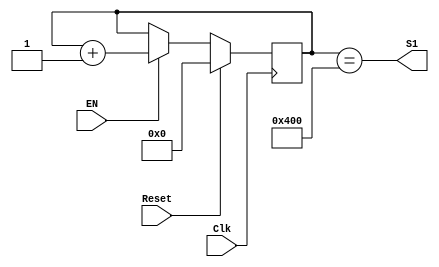
`timescale 1ns / 1ps
//////////////////////////////////////////////////////////////////////////////////
// Company: 
// Engineer: 
// 
// Design Name: 
// Module Name: Pattern_Counter
// Project Name: 
// Target Devices: 
// Tool Versions: 
// Description: 
// 
// Dependencies: 
// 
// Revision:
// Revision 0.01 - File Created
// Additional Comments:
// 
//////////////////////////////////////////////////////////////////////////////////


module Pattern_Counter 
# (parameter SAMPLES=128, parameter OSF=8)

(Clk,Reset,EN,S1);
    
    input Clk;
    input Reset;
    input EN;
    
    output S1;
    
    //--Internal Variables--
    reg [$clog2(SAMPLES*OSF):0] Cuenta;
        
    always @(posedge Clk)
    begin
        
    if (Reset)
        Cuenta=0;
    else if (EN)
        Cuenta=Cuenta+1;
    else
        Cuenta=Cuenta;
    
    end     
   assign S1=(Cuenta==(SAMPLES*OSF));  
  

endmodule